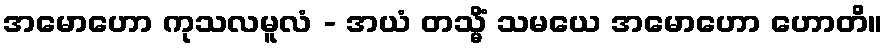
အမောဟော ကုသလမူလံ - အယံ တသ္မိံ သမယေ အမောဟော ဟောတိ။